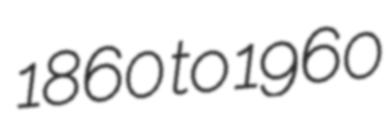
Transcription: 1860 to 1960